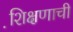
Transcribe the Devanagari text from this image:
शि़क्षणाची